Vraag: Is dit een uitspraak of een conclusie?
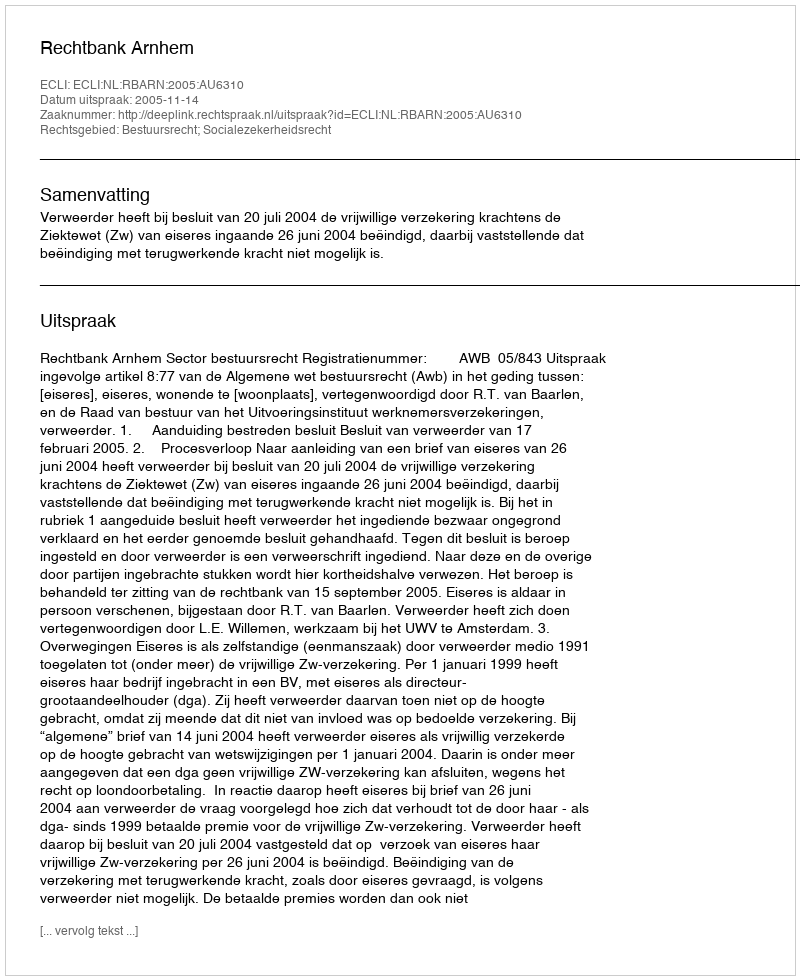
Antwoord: Uitspraak